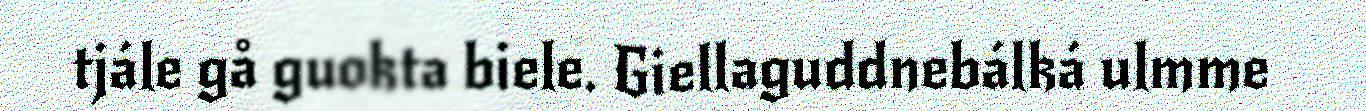
tjále gå guokta biele. Giellaguddnebálká ulmme